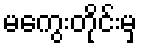
မကွေးတိုင်းမှ